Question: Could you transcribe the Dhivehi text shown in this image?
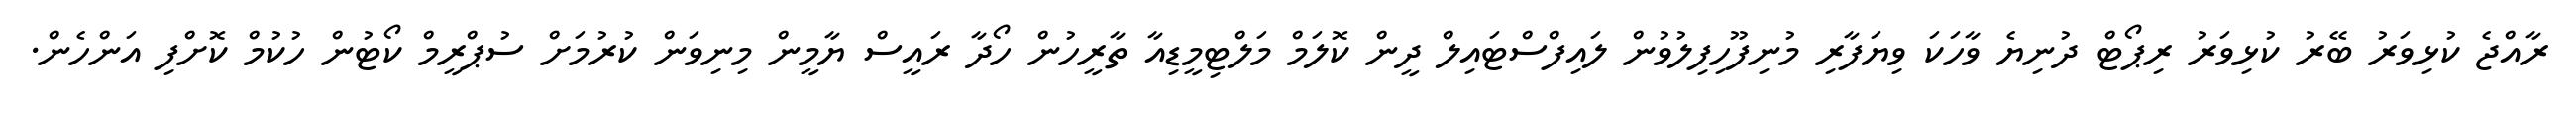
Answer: ރާއްޖެ ކުޅިވަރު ބޭރު ކުޅިވަރު ރިޕޯޓް ދުނިޔެ ވާހަކަ ވިޔަފާރި މުނިފޫހިފިލުވުން ލައިފްސްޓައިލް ދީން ކޮލަމް މަލްޓިމީޑިއާ ތާރީހުން ހޯދާ ރައީސް ޔާމީން މިނިވަން ކުރުމަށް ސުޕްރީމް ކޯޓުން ހުކުމް ކޮށްފި އަންހެން.